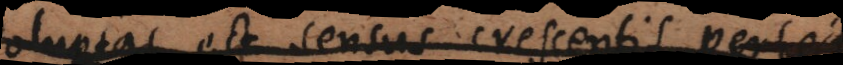
s est sensus crescentis pe